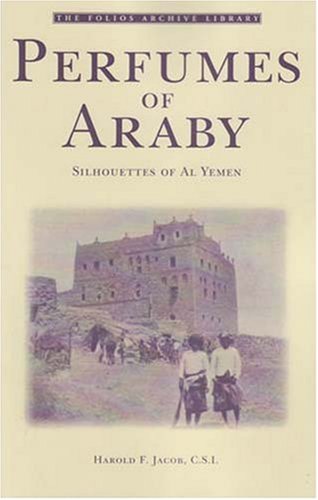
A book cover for Perfumes of Araby: Silhouettes of Al Yemen (Folios Archive Library); Harold F. Jacob; Travel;